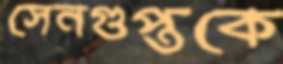
সেনগুপ্তকে